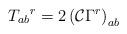
LaTeX: \begin{align*}T_{ab}{}^r = 2\left({\cal C}\Gamma^r\right)_{ab}\end{align*}